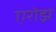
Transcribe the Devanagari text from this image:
एरोझ